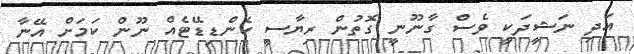
އަދި ނަޝީދަކީ ވެސް ގާނޫނީ ގޮތުން ރިޔާސީ ކެންޑިޑޭޓެއް ނޫން ކަމަށް އޭނާ